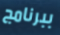
ببرنامج